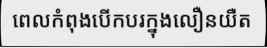
ពេលកំពុងបើកបរក្នុងលឿនយឺត